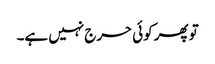
تو پھر کوئی حرج نہیں ہے۔